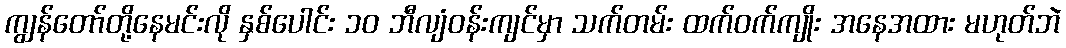
ကျွန်တော်တို့နေမင်းလို နှစ်ပေါင်း ၁၀ ဘီလျံဝန်းကျင်မှာ သက်တမ်း ထက်ဝက်ကျိုး အနေအထား မဟုတ်ဘဲ